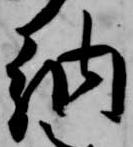
納